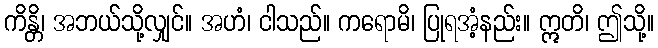
ကိန္တိ၊ အဘယ်သို့လျှင်။ အဟံ၊ ငါသည်။ ကရောမိ၊ ပြုရအံ့နည်း။ ဣတိ၊ ဤသို့။